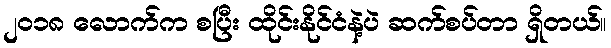
၂၀၁၈ လောက်က စပြီး ထိုင်းနိုင်ငံနဲ့ပဲ ဆက်စပ်တာ ရှိတယ်။